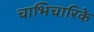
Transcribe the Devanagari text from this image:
चाभिचारिके